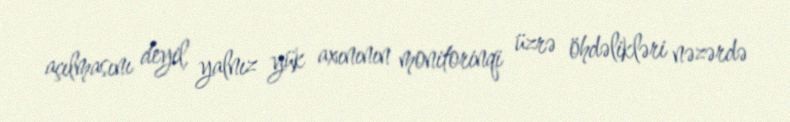
açılmasını deyil, yalnız yük axınının monitorinqi üzrə öhdəlikləri nəzərdə